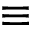
\equiv